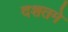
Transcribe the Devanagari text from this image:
दशतमे